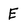
Character: E